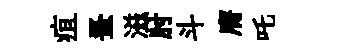
疽蚤滋肘斗膺吒